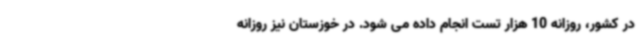
در کشور، روزانه 10 هزار تست انجام داده می شود. در خوزستان نیز روزانه